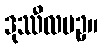
ဒုဿီလပဥှ။